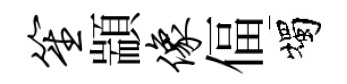
笙顓像偪燭